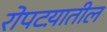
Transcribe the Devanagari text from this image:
रोपटय़ातील